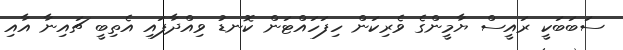
ސަބަބަކީ ރައީސް ޔާމީންގެ ވެރިކަން ހިފަހައްޓަން ކޮނޑު ވިއްދާފައި އެތިބީ ޗައިނާ އާއި